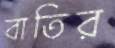
বাতির